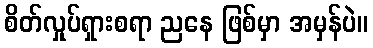
စိတ်လှုပ်ရှားစရာ ညနေ ဖြစ်မှာ အမှန်ပဲ။